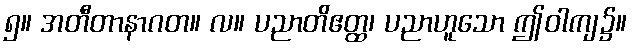
၅။ အတီတာနာဂတ။ လ။ ပညာတိဧတ္ထ၊ ပညာဟူသော ဤဝါကျ၌။